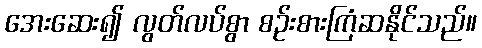
အေးဆေး၍ လွတ်လပ်စွာ စဉ်းစားကြံဆနိုင်သည်။